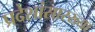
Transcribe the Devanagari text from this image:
प्रदेशांसारख्या